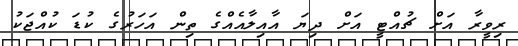
ރިވީރާ އަށް ޗުއްޓީ އަށް ދިޔަ އާއިލާއެއްގެ ތިން އަހަރުގެ ކުޑަ ކުއްޖަކު